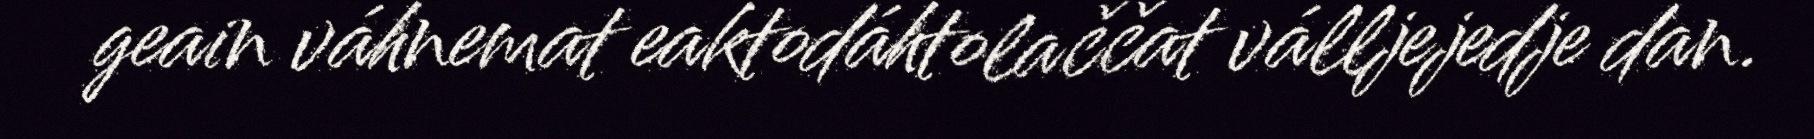
geain váhnemat eaktodáhtolaččat válljejedje dan.